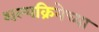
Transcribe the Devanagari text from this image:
शल्यक्रियेच्या